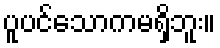
ပူပင်သောကမရှိဘူး။